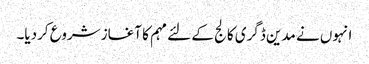
انہوں نے مدین ڈگری کالج کے لئے مہم کا آغاز شروع کردیا۔